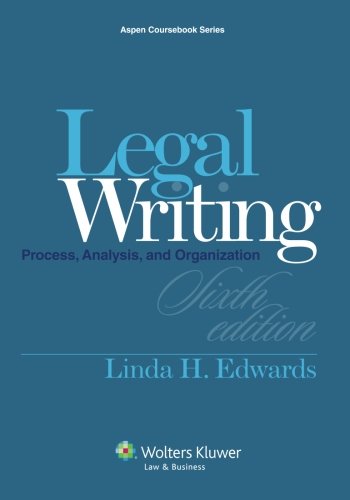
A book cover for Legal Writing: Process, Analysis and Organization, Sixth Edition (Aspen Coursebook); Linda H. Edwards; Law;